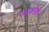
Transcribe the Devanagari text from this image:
नवजोती